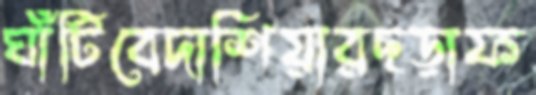
ঘাঁটিবেদাশিয়ারছড়াফ